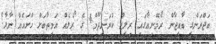
ބަޖްރަންގީ ބާއީޖާން ރޯމޭނިއާގައި ރިލީޒް ކުރަނީދޫމް4 ގެ ރޯލެއް އަމީތާބަށް ހުށައެއް ނާޅާ!